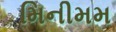
મિનીમમ